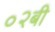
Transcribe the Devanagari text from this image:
०२बी